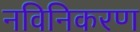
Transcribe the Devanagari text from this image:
नविनिकरण